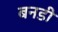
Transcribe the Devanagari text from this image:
बनडी